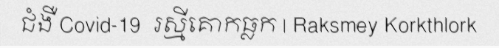
ជំងឺ Covid-19  រស្មីគោកធ្លក | Raksmey Korkthlork